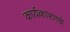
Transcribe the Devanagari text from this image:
कार्यकारणचे